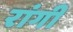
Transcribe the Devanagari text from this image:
रांगी